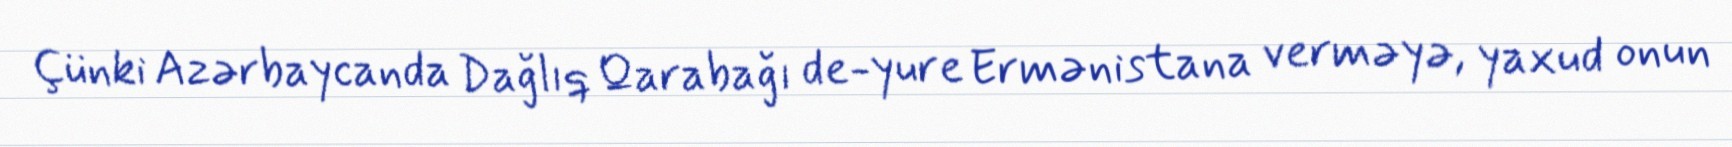
Çünki Azərbaycanda Dağlıq Qarabağı de-yure Ermənistana verməyə, yaxud onun